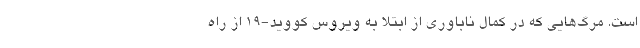
است. مرگ‌هایی که در کمال ناباوری از ابتلا به ویروس کووید-۱۹ از راه